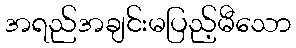
အရည်အချင်းမပြည့်မီသော